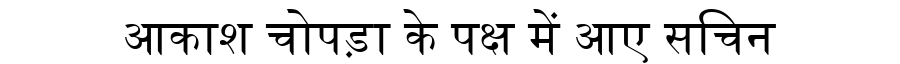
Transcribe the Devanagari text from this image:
आकाश चोपड़ा के पक्ष में आए सचिन